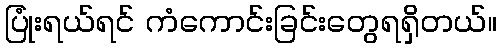
ပြုံးရယ်ရင် ကံကောင်းခြင်းတွေရရှိတယ်။